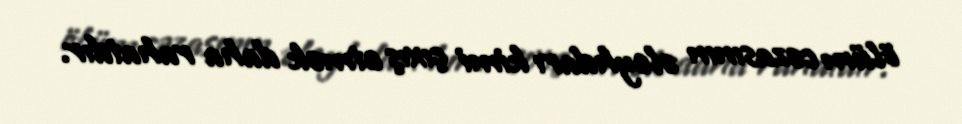
ölüm cəzasının əleyhdarı kimi çıxış etmək daha rahatdır.